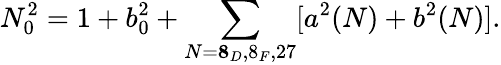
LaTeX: N_{0}^{2}=1+b_{0}^{2}+\sum_{N={\mathbf 8_{D},8_{F},27}}[a^{2}(N)+b^{2}(N)].